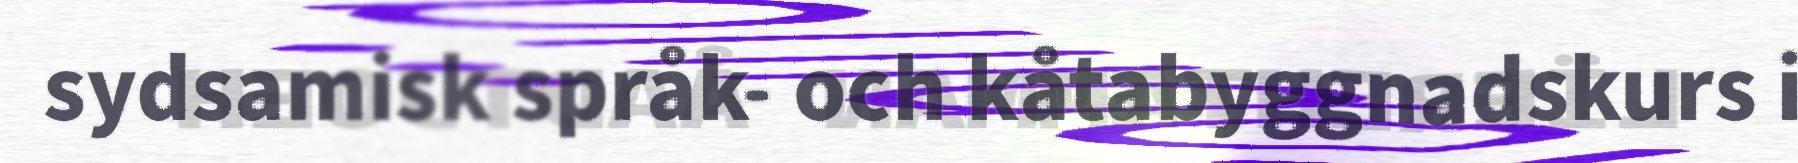
sydsamisk språk- och kåtabyggnadskurs i